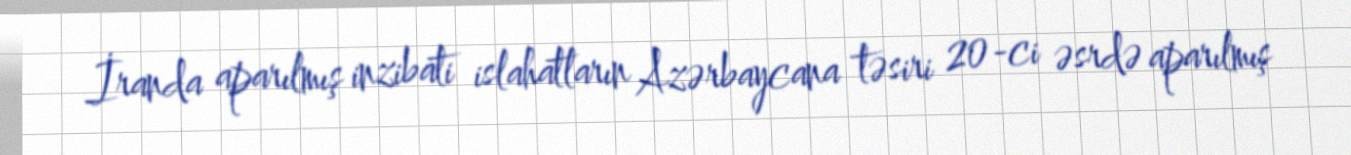
İranda aparılmış inzibati islahatların Azərbaycana təsiri 20-ci əsrdə aparılmış